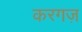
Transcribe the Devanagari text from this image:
करगज़